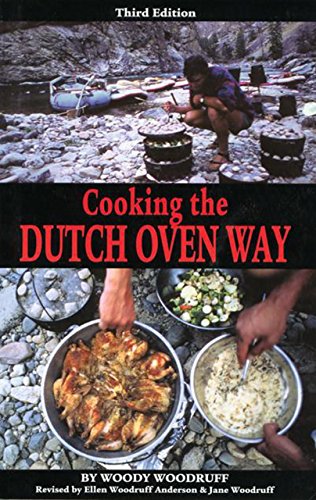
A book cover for Cooking the Dutch Oven Way; Woody Woodruff; Cookbooks, Food & Wine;